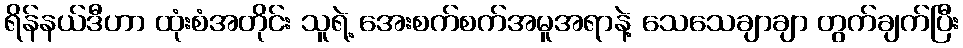
ရိန်နယ်ဒီဟာ ထုံးစံအတိုင်း သူရဲ့ အေးစက်စက်အမူအရာနဲ့ သေသေချာချာ တွက်ချက်ပြီး